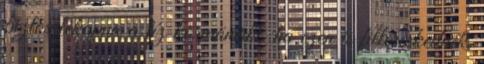
biztos lekapna a tíz körmömről, ha ezen is filléreskednék,